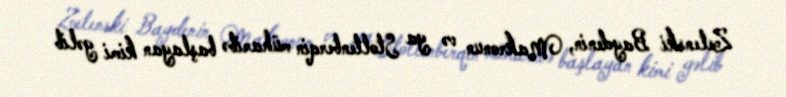
Zelenski Baydenin, Makronun və ya Stoltenberqin müharibə başlayan kimi gəlib